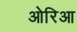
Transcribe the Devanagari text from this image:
ओरिआ